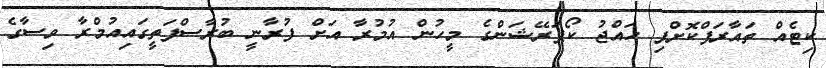
ކިޓެއް ތައާރަފްކޮށްފި ހައްޖު ކޯޕަރޭޝަންގެ މީހުން އުމުރާ އަށް ފުރާނީ ބުރާސްފަތީގައިއުމްރާ ވިސާގެ